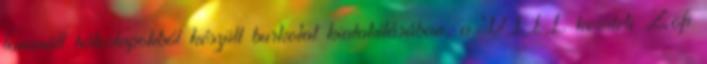
laminált bútorlapokból készült burkolat kialakításában, a VIII. kerületi Zöfi